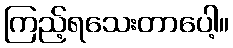
ကြည့်ရသေးတာပေါ့။